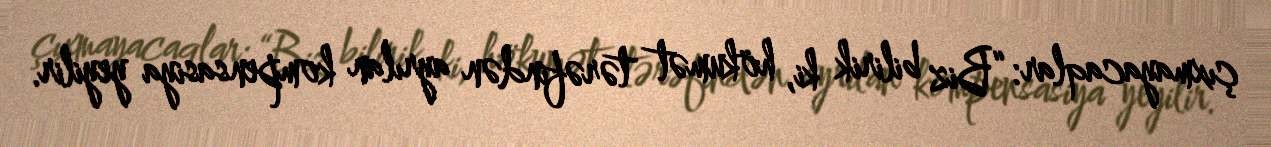
çıxmayacaqlar: “Biz bilirik ki, hökumət tərəfindən ayrılan kompensasiya yeyilir.